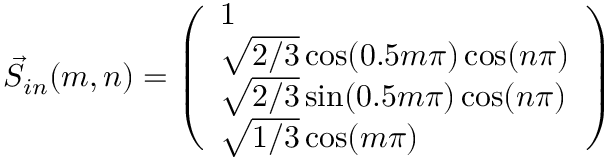
\vec { S } _ { i n } ( m , n ) = \left( \begin{array} { l } { 1 } \\ { \sqrt { 2 / 3 } \cos ( 0 . 5 m \pi ) \cos ( n \pi ) } \\ { \sqrt { 2 / 3 } \sin ( 0 . 5 m \pi ) \cos ( n \pi ) } \\ { \sqrt { 1 / 3 } \cos ( m \pi ) } \end{array} \right)